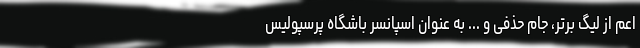
اعم از لیگ برتر، جام حذفی و ... به عنوان اسپانسر باشگاه پرسپولیس